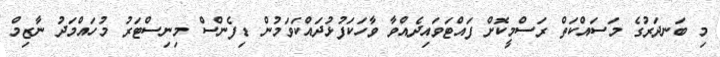
މި ބަނދަރުގެ މަސައްކަތް ރަސްމީކޮށް ފައްޓަވައިދެއްވާ ވާހަކަފުޅުދައްކަވަމުން ޑިފެންސް މިނިސްޓަރު މުހައްމަދު ނާޒިމް